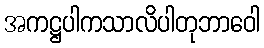
အကဋ္ဌပါကသာလိပါတုဘာဝေါ